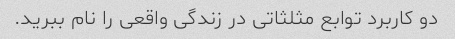
دو کاربرد توابع مثلثاتی در زندگی واقعی را نام ببرید.